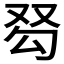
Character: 𰆽